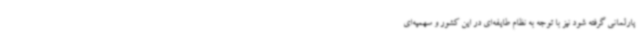
پارلمانی گرفته شود نیز با توجه به نظام طایفه‌ای در این کشور و سهمیه‌ای